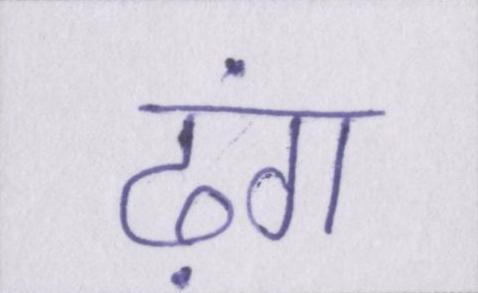
ढ़ंग